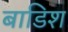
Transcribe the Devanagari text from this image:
बाडिश